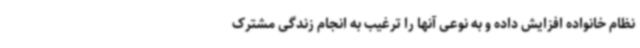
نظام خانواده افزایش داده و به نوعی آنها را ترغیب به انجام زندگی مشترک